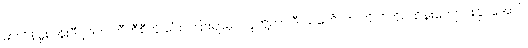
မာလိန်မှူး အိုးဒီဂါ့ဒ်က ဘီဘီစီကို ပြောကြားရာမှာ သူတို့ဟာ ဒီ သင်္ဘောက ကိုယ်တိုင်ထိန်းကျောင်းနိုင်အောင်